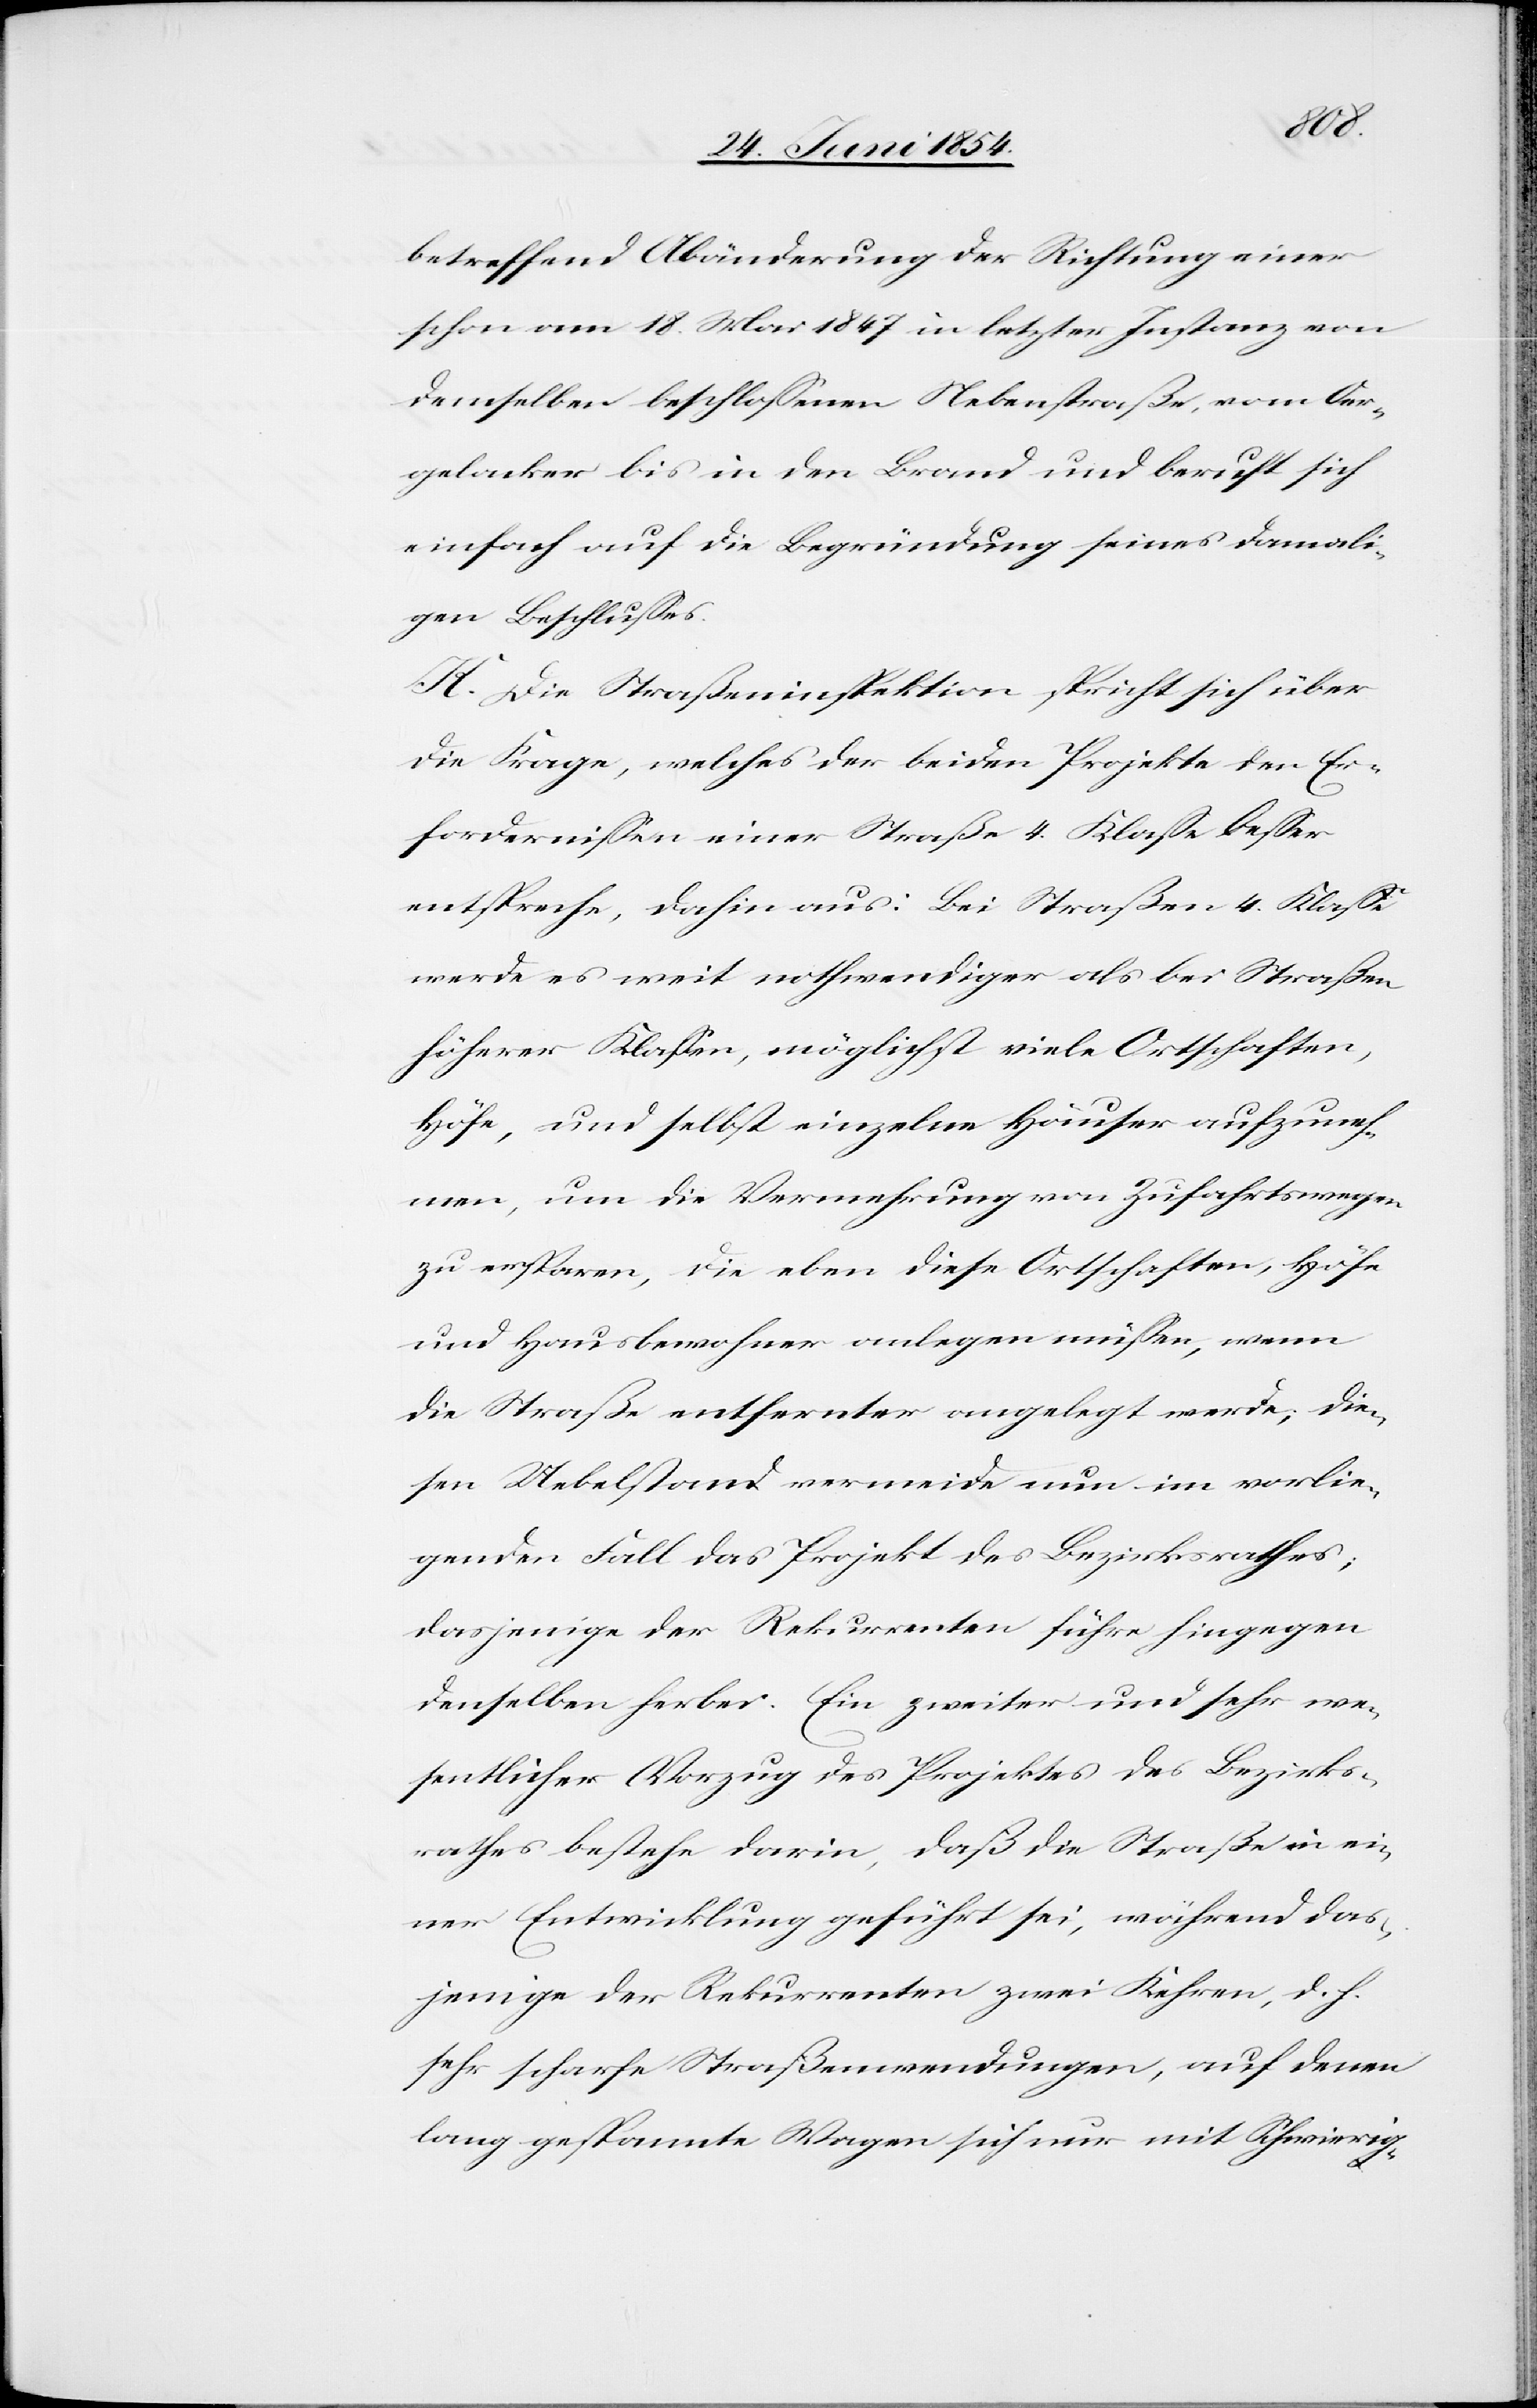
betreffend Abänderung der Richtung einer
schon am 18. Mai 1847 in letzter Instanz von
demselben beschloßenen Nebenstraße, vom Oer¬
gelacker bis in den Brand und beruft sich
einfach auf die Begründung seines damali¬
gen Beschlußes.
K. Die Straßeninspektion spricht sich über
die Frage, welches der beiden Projekte den Er¬
fordernißen einer Straße 4. Klaße beßer
entspreche, dahin aus: Bei Straßen 4. Klaße
werde es weit nothwendiger als bei Straßen
höherer Klaßen, möglichst viele Ortschaften,
Höfe, und selbst einzelne Häuser aufzuneh¬
men, um die Vermehrung von Zufahrtswegen
zu ersparen, die eben diese Ortschaften, Höfe
und Hausbewohner anlegen müßen, wenn
die Straße entfernter angelegt werde; die¬
sen Uebelstand vermeide nun im vorlie¬
genden Fall das Projekt des Bezirksrathes;
dasjenige der Rekurrenten führe hingegen
denselben herbei. Ein zweiter und sehr we¬
sentlicher Vorzug des Projektes des Bezirks¬
rathes bestehe darin, daß die Straße in ei¬
ner Entwicklung geführt sei, während das¬
jenige der Rekurrenten zwei Kehren, d. h.
sehr scharfe Straßenwendungen, auf denen
lang gespannte Wagen sich nur mit Schwierig-